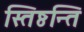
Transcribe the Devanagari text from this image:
स्तिष्ठन्ति